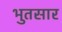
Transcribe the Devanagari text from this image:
भुतसार